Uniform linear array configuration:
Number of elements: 8
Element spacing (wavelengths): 1
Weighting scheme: kaiser
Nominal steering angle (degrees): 45
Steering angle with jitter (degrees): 46.811
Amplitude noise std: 0.05
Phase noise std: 0.05

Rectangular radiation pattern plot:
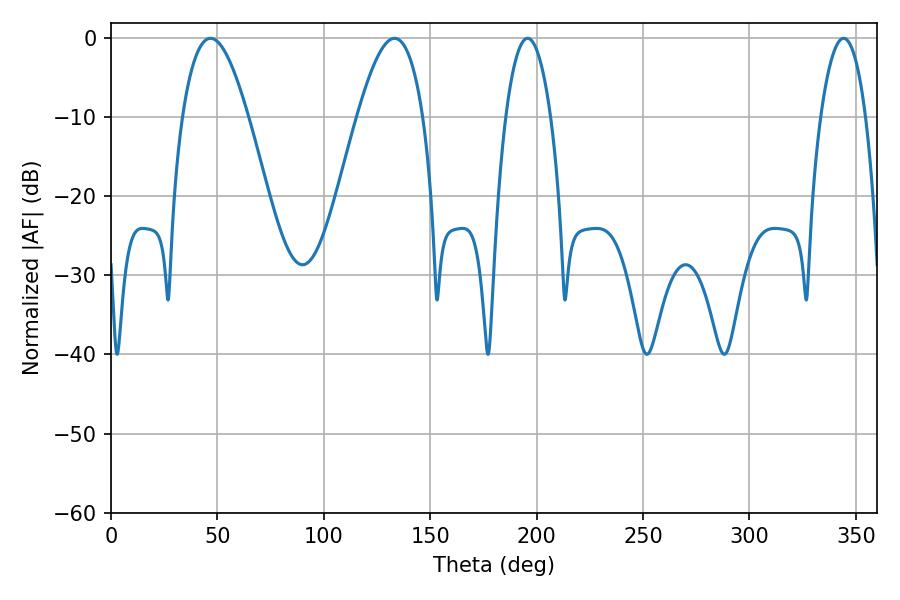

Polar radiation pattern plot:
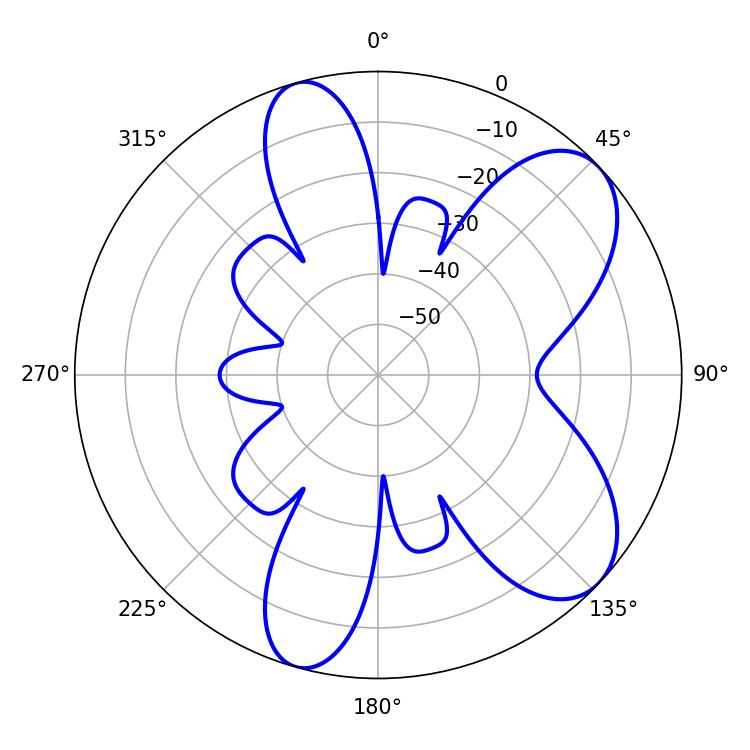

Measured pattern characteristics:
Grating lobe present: TRUE
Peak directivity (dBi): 7.579
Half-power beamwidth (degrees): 16.74
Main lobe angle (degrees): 46.8